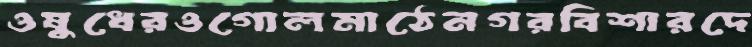
ওষুধেরওগোলমাঠেনগরবিশারদে